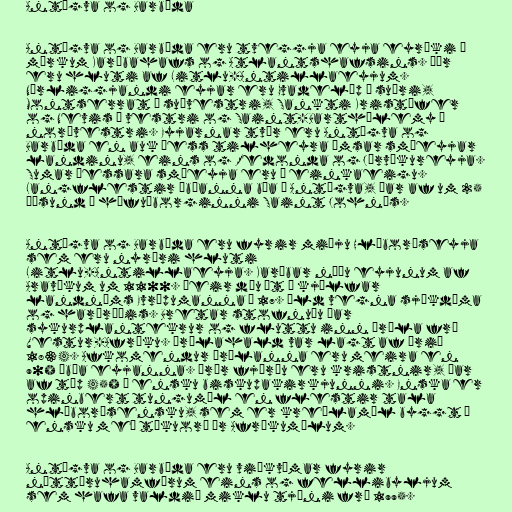
Antígva og Barbúda

Antígva og Barbúda eru tveggja eyja eyríki á
mörkum Karíbahafs og Atlantshafsins. Þær
eru hluti af Litlu-Antillaeyjum.
Nærliggjandi eyjar eru Gvadelúp í suðri,
Montserrat í suðvestri, Sankti Kristófer
og Nevis í vestri og Saint-Barthélemy í
norðvestri. Eyjarnar tvær eru Antígva og
Barbúda en auk þess tilheyra ýmsar smáeyjar
landinu, eins og Redonda og Jórvíkureyja.
Sumar þessara smáeyja eru í einkaeigu.
Langflestir íbúanna búa á Antígva, þar af um 25
þúsund í höfuðborginni Saint John's.

Antígva og Barbúda eru fyrir miðju Hléborðseyja
sem eru nyrðri hluti
Litlu-Antillaeyja. Karíbar náðu eyjunum af
Aravökum um 1100. Þeir dóu út í kjölfar
landnáms Evrópumanna á 17. öld vegna sjúkdóma
og harðræðis. Bretar stofnuðu þar
sykurplantekrur og fluttu inn þræla frá
Vestur-Afríku. Þrælahald var lagt af árið
1834. Afkomendur þrælanna eru meira en
90% íbúa eyjanna. Þrír fjórðu eru kristnir, þar
af tæp 45% í ensku biskupakirkjunni. Enska er
opinbert tungumál en flestir tala
hléborðsensku, sem er kreólamál byggt á
ensku með tökuorð úr Afríkumálum.

Antígva og Barbúda eru viðkvæmar fyrir
náttúruhamförum eins og fellibyljum
sem hafa valdið miklu tjóni frá 1995.